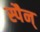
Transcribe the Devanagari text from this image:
स्पैन्